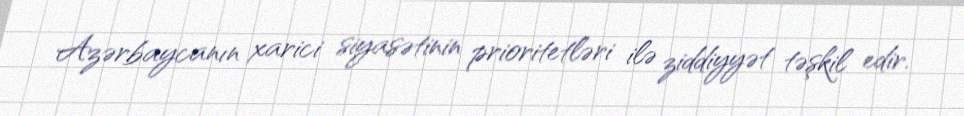
Azərbaycanın xarici siyasətinin prioritetləri ilə ziddiyyət təşkil edir.